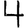
Digit: 4